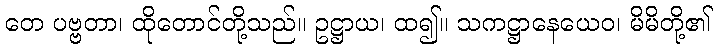
တေ ပဗ္ဗတာ၊ ထိုတောင်တို့သည်။ ဥဋ္ဌာယ၊ ထ၍။ သကဋ္ဌာနေယေဝ၊ မိမိတို့၏